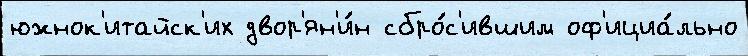
южнок'итайск'их двор'ян'и́н сбро́с'ившим оф'ициа́льно